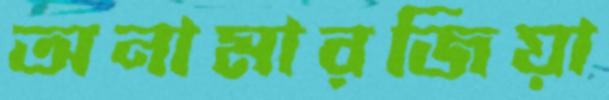
অনামারজিয়া